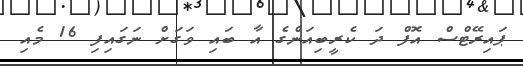
ޕައިރޭޓްސް އޮފް ދަ ކެރީބިއަންގެ އާ ބައި ވަގަށް ނަގައިފި 16 މެއި